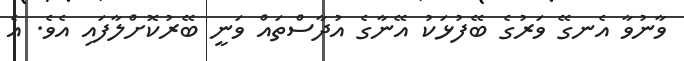
ވާނުވާ އެނގޭ ވަރުގެ ބޭފުޅަކު އޭނާގެ އުދާސްތައް ވަނީ ބޭރުކޮށްލާފައި އެވެ. އެ